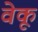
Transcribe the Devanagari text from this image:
वेकू